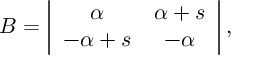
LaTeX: B = \left| \begin{array} { c c } { { \alpha } } & { { \alpha + s } } \\ { { - \alpha + s } } & { { - \alpha } } \end{array} \right| ,